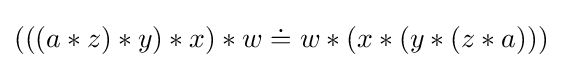
(((a*z)*y)*x)*w\doteq w*(x*(y*(z*a)))